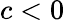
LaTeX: c<0